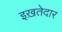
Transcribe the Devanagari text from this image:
इख़तेदार